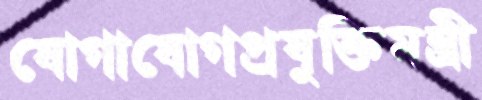
যোগাযোগপ্রযুক্তিমন্ত্রী